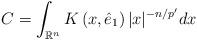
LaTeX: \begin{align*}C=\int_{\mathbb{R}^n} K\left(x, \hat{e}_1\right)|x|^{-n / p^{\prime}} d x\end{align*}